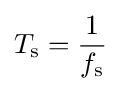
T_{\text{s}}={1 \over f_{\text{s}}}